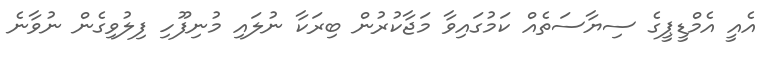
އެއީ އެމްޑީޕީގެ ސިޔާސަތެއް ކަމުގައިވާ މަޖާކުރުން ބިރަކާ ނުލައި މުނިފޫހި ފިލުވިގެން ނުވާނެ